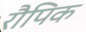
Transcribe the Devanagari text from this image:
रौपिक